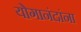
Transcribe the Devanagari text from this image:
योगानंदांना